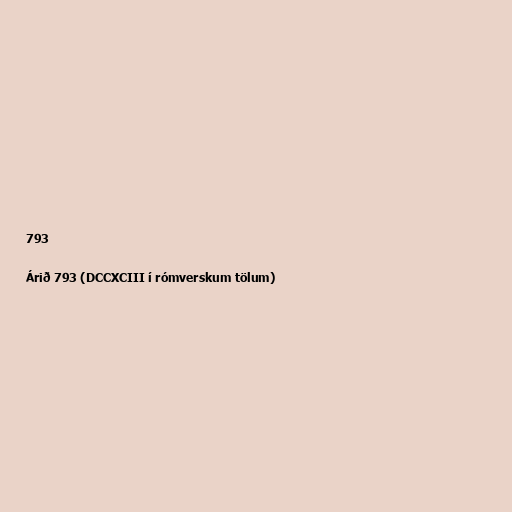
793

Árið 793 (DCCXCIII í rómverskum tölum)